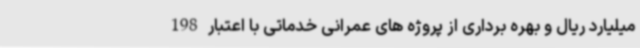
میلیارد ریال و بهره برداری از پروژه های عمرانی خدماتی با اعتبار 198